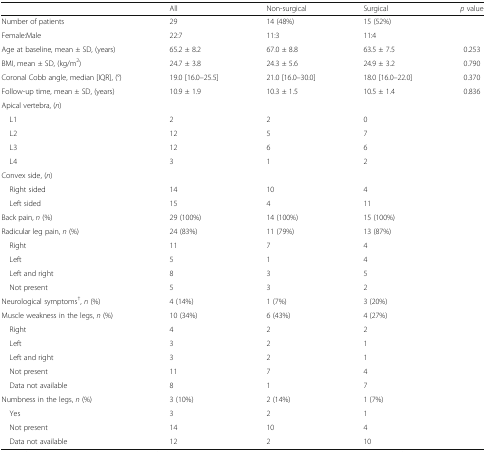
|  | All | Non-surgical | Surgical | p value |
 | --- | --- | --- | --- | --- |
 | Number of patients | 29 | 14 (48%) | 15 (52%) |  |
 | Female:Male | 22:7 | 11:3 | 11:4 |  |
 | Age at baseline, mean ± SD, (years) | 65.2 ± 8.2 | 67.0 ± 8.8 | 63.5 ± 7.5 | 0.253 |
 | BMI, mean ± SD, (kg/m2) | 24.7 ± 3.8 | 24.3 ± 5.6 | 24.9 ± 3.2 | 0.790 |
 | Coronal Cobb angle, median [IQR], (°) | 19.0 [16.0–25.5] | 21.0 [16.0–30.0] | 18.0 [16.0–22.0] | 0.370 |
 | Follow-up time, mean ± SD, (years) | 10.9 ± 1.9 | 10.3 ± 1.5 | 10.5 ± 1.4 | 0.836 |
 | <COLSPAN=5> Apical vertebra, (n) |
 | L1 | 2 | 2 | 0 |  |
 | L2 | 12 | 5 | 7 |  |
 | L3 | 12 | 6 | 6 |  |
 | L4 | 3 | 1 | 2 |  |
 | <COLSPAN=5> Convex side, (n) |
 | Right sided | 14 | 10 | 4 |  |
 | Left sided | 15 | 4 | 11 |  |
 | Back pain, n (%) | 29 (100%) | 14 (100%) | 15 (100%) |  |
 | Radicular leg pain, n (%) | 24 (83%) | 11 (79%) | 13 (87%) |  |
 | Right | 11 | 7 | 4 |  |
 | Left | 5 | 1 | 4 |  |
 | Left and right | 8 | 3 | 5 |  |
 | Not present | 5 | 3 | 2 |  |
 | Neurological symptoms†, n (%) | 4 (14%) | 1 (7%) | 3 (20%) |  |
 | Muscle weakness in the legs, n (%) | 10 (34%) | 6 (43%) | 4 (27%) |  |
 | Right | 4 | 2 | 2 |  |
 | Left | 3 | 2 | 1 |  |
 | Left and right | 3 | 2 | 1 |  |
 | Not present | 11 | 7 | 4 |  |
 | Data not available | 8 | 1 | 7 |  |
 | Numbness in the legs, n (%) | 3 (10%) | 2 (14%) | 1 (7%) |  |
 | Yes | 3 | 2 | 1 |  |
 | Not present | 14 | 10 | 4 |  |
 | Data not available | 12 | 2 | 10 |  |